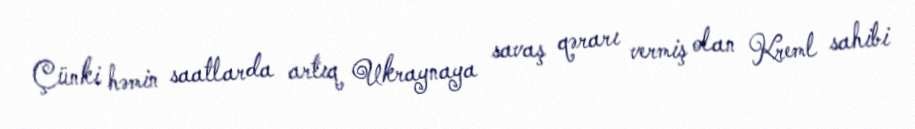
Çünki həmin saatlarda artıq Ukraynaya savaş qərarı vermiş olan Kreml sahibi